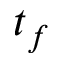
t _ { f }